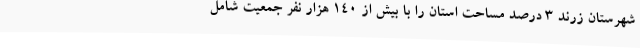
شهرستان زرند 3 درصد مساحت استان را با بیش از 140 هزار نفر جمعیت شامل